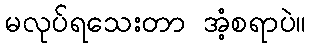
မလုပ်ရသေးတာ အံ့စရာပဲ။